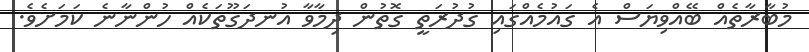
މުބާރާތެއް ބޭއްވިޔަސް އެ ގައުމެއްގައި ގުދުރަތީ ގޮތުން ދިމާވާ އުނދަގޫތަކެއް ހުންނާނެ ކަމަށެވެ.